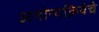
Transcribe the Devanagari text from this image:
अनोन्यक्रियेचे